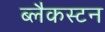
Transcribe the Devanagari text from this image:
ब्लैकस्टन